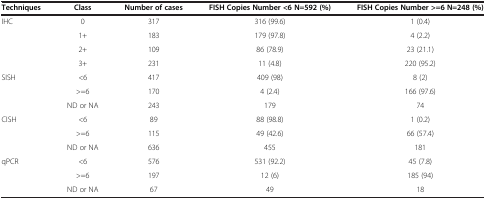
<table><thead><tr><td><b>Techniques</b></td><td><b>Class</b></td><td><b>Number of cases</b></td><td><b>FISH Copies Number &lt;6 N=592 (%)</b></td><td><b>FISH Copies Number &gt;=6 N=248 (%)</b></td></tr></thead><tbody><tr><td>IHC</td><td>0</td><td>317</td><td>316 (99.6)</td><td>1 (0.4)</td></tr><tr><td> </td><td>1+</td><td>183</td><td>179 (97.8)</td><td>4 (2.2)</td></tr><tr><td> </td><td>2+</td><td>109</td><td>86 (78.9)</td><td>23 (21.1)</td></tr><tr><td> </td><td>3+</td><td>231</td><td>11 (4.8)</td><td>220 (95.2)</td></tr><tr><td>SISH</td><td>&lt;6</td><td>417</td><td>409 (98)</td><td>8 (2)</td></tr><tr><td> </td><td>&gt;=6</td><td>170</td><td>4 (2.4)</td><td>166 (97.6)</td></tr><tr><td> </td><td>ND or NA</td><td>243</td><td>179</td><td>74</td></tr><tr><td>CISH</td><td>&lt;6</td><td>89</td><td>88 (98.8)</td><td>1 (0.2)</td></tr><tr><td> </td><td>&gt;=6</td><td>115</td><td>49 (42.6)</td><td>66 (57.4)</td></tr><tr><td> </td><td>ND or NA</td><td>636</td><td>455</td><td>181</td></tr><tr><td>qPCR</td><td>&lt;6</td><td>576</td><td>531 (92.2)</td><td>45 (7.8)</td></tr><tr><td> </td><td>&gt;=6</td><td>197</td><td>12 (6)</td><td>185 (94)</td></tr><tr><td> </td><td>ND or NA</td><td>67</td><td>49</td><td>18</td></tr></tbody></table>